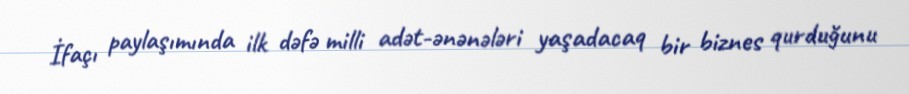
İfaçı paylaşımında ilk dəfə milli adət-ənənələri yaşadacaq bir biznes qurduğunu